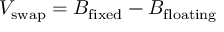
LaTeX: V _ { \mathrm { s w a p } } = B _ { \mathrm { f i x e d } } - B _ { \mathrm { f l o a t i n g } }